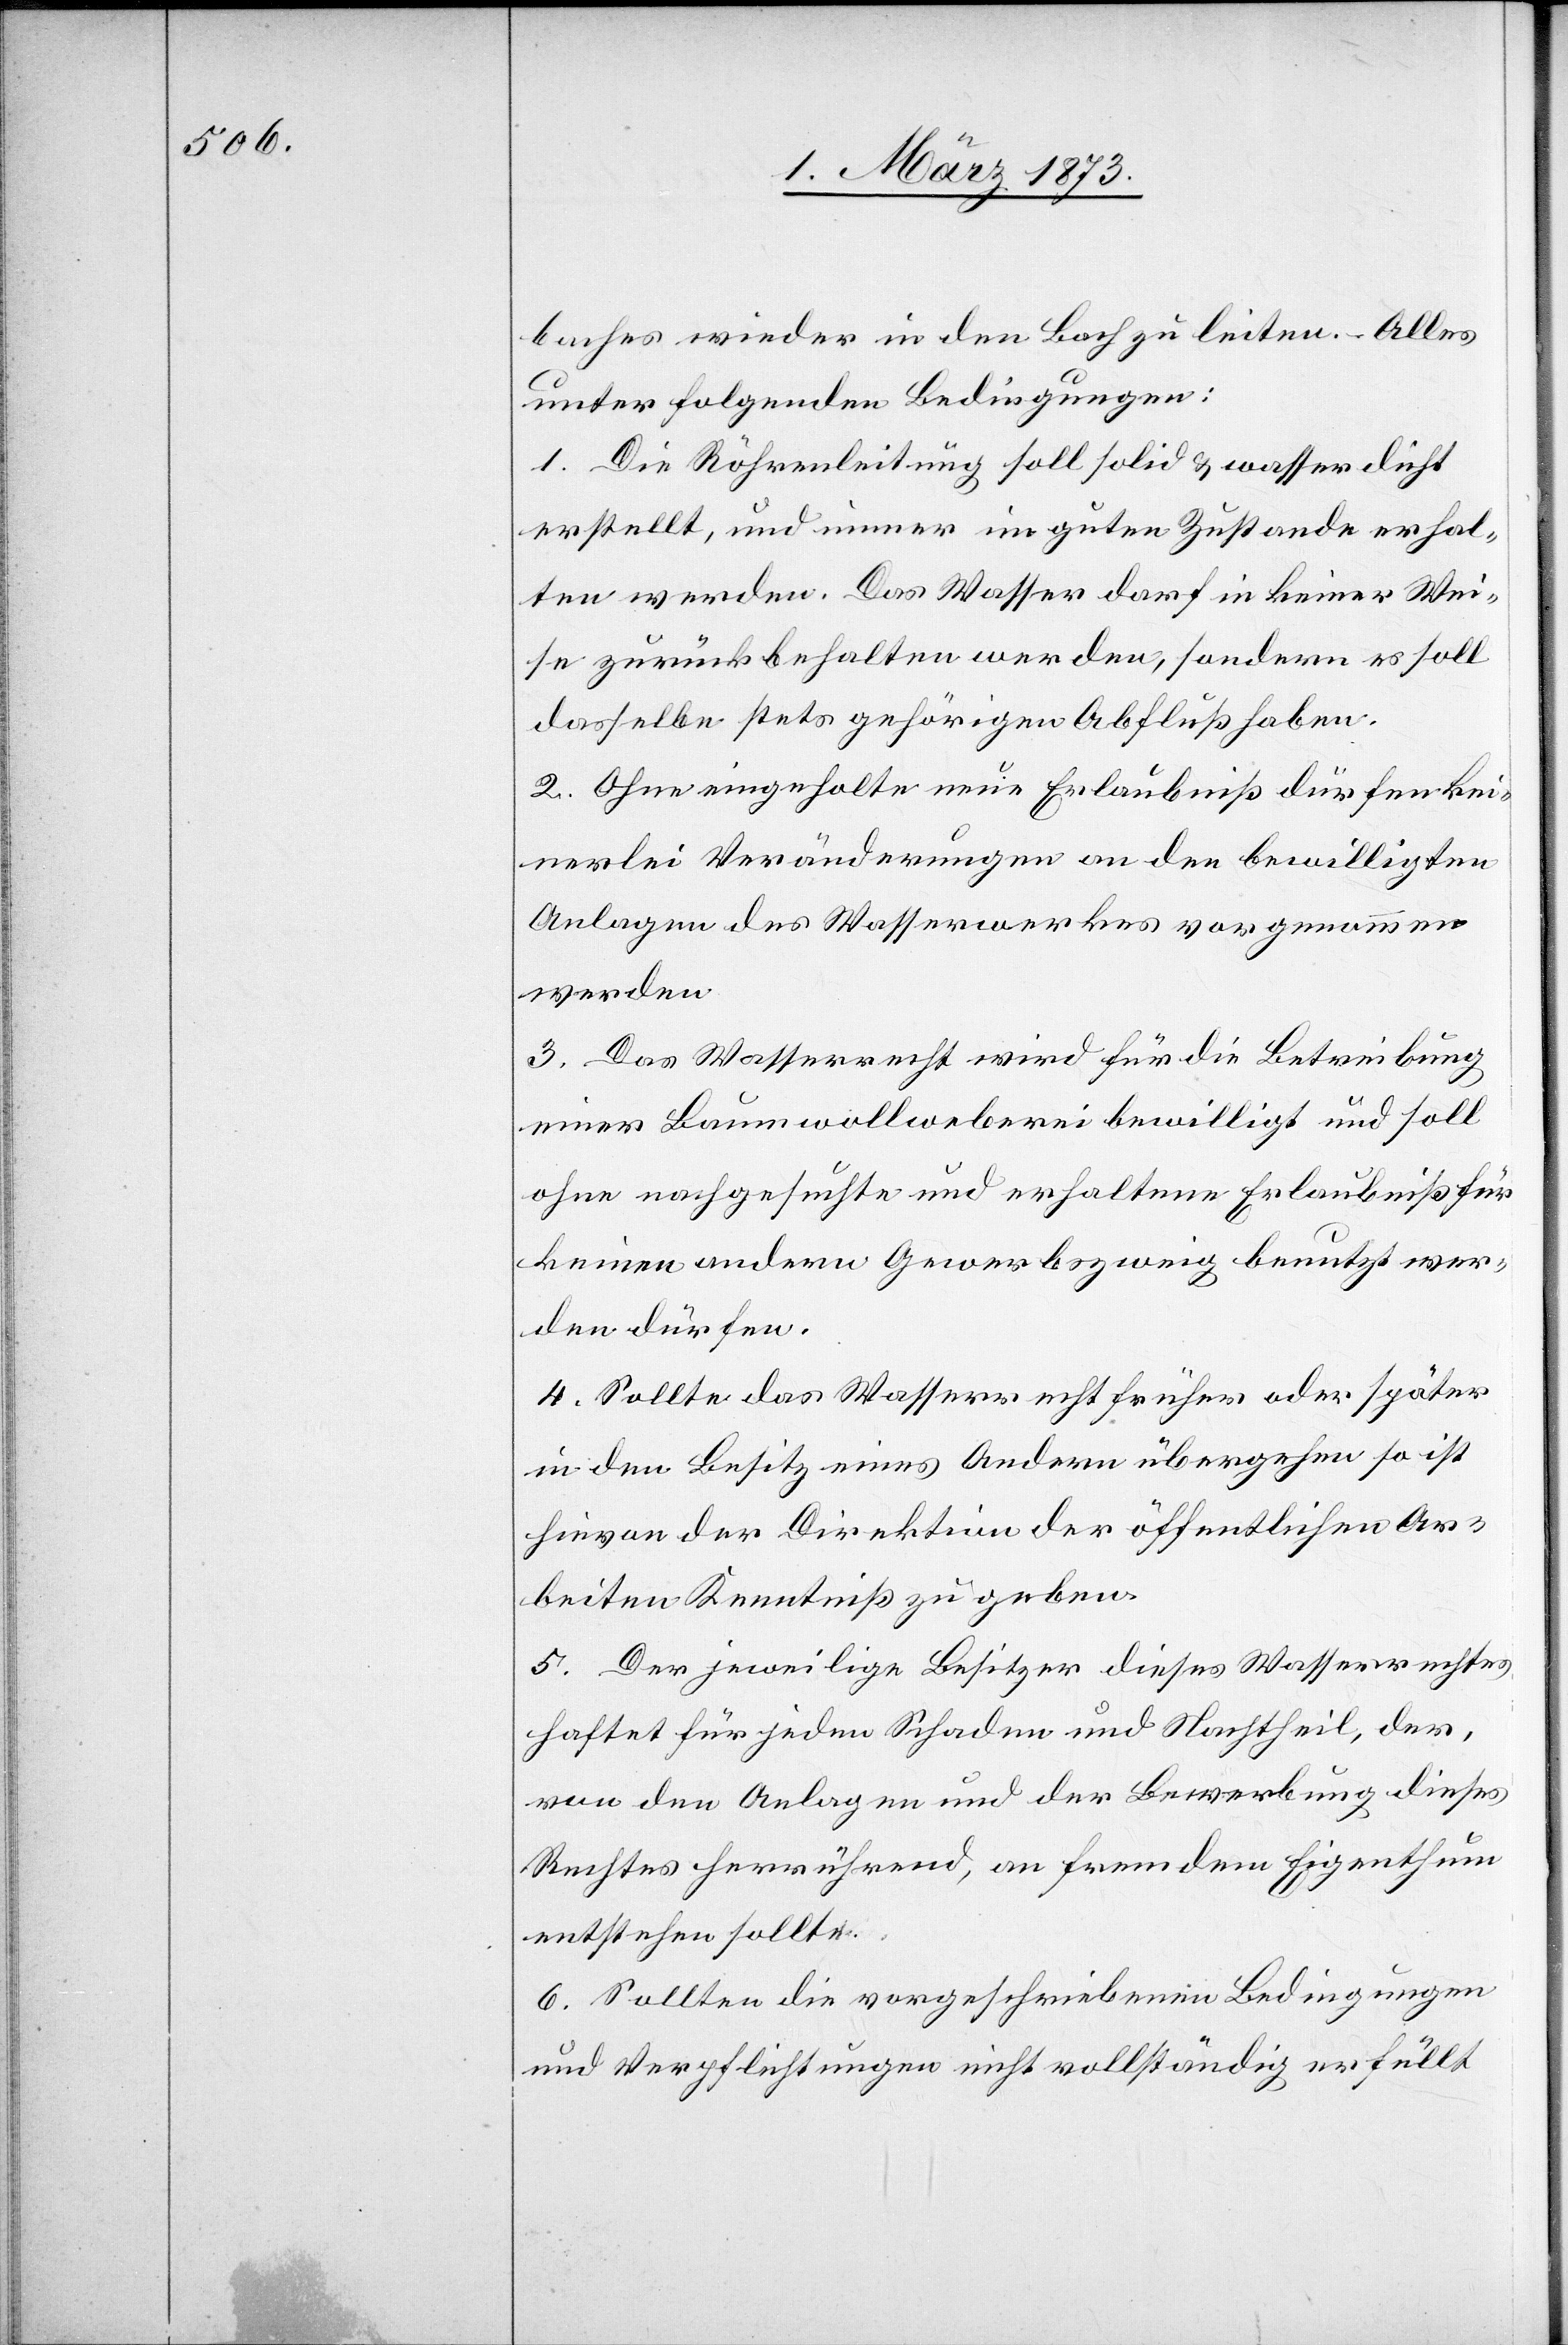
baches wieder in den Bach zu leiten. – Alles
unter folgenden Bedingungen:
1. Die Röhrenleitung soll solid u. wasserdicht
erstellt, und immer im guten Zustande erhal¬
ten werden. Das Wasser darf in keiner Wei¬
se zurückbehalten werden, sondern es soll
dasselbe stets gehörigen Abfluß haben.
2. Ohne eingeholte neue Erlaubniß dürfen kei¬
nerlei Veränderungen an den bewilligten
Anlagen des Wasserwerkes vorgenommen
werden.
3. Das Wasserrecht wird für die Betreibung
einer Baumwollweberei bewilligt und soll
ohne nachgesuchte und erhaltene Erlaubniß für
keinen andern Gewerbszweig benutzt wer¬
den dürfen.
4. Sollte das Wasserrecht früher oder später
in den Besitz eines Andern übergehen[,] so ist
hievon der Direktion der öffentlichen Ar¬
beiten Kenntniß zu geben.
5. Der jeweilige Besitzer dieses Wasserrechtes
haftet für jeden Schaden und Nachtheil, der,
von den Anlagen und der Bewerbung dieses
Rechtes herrührend, an fremdem Eigenthum
entstehen sollte.
6. Sollten die vorgeschriebenen Bedingungen
und Verpflichtungen nicht vollständig erfüllt